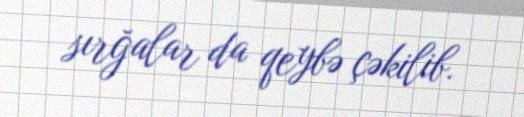
sırğalar da qeybə çəkilib.